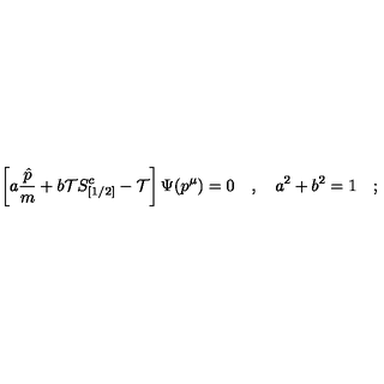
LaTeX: \left[ a { \frac { \hat { p } } { m } } + b { \cal T } S _ { [ 1 / 2 ] } ^ { c } - { \cal T } \right] \Psi ( p ^ { \mu } ) = 0 \quad , \quad a ^ { 2 } + b ^ { 2 } = 1 \quad ;